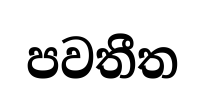
පවතීත